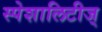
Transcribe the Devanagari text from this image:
स्पेशालिटीज्